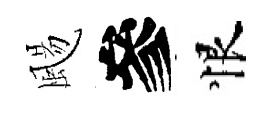
颺參恨